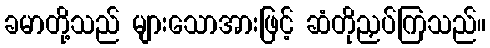
ခမာတို့သည် များသောအားဖြင့် ဆံတိုညှပ်ကြသည်။